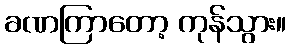
ခဏကြာတော့ ကုန်သွား။